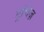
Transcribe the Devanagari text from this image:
ट्रांचेज़